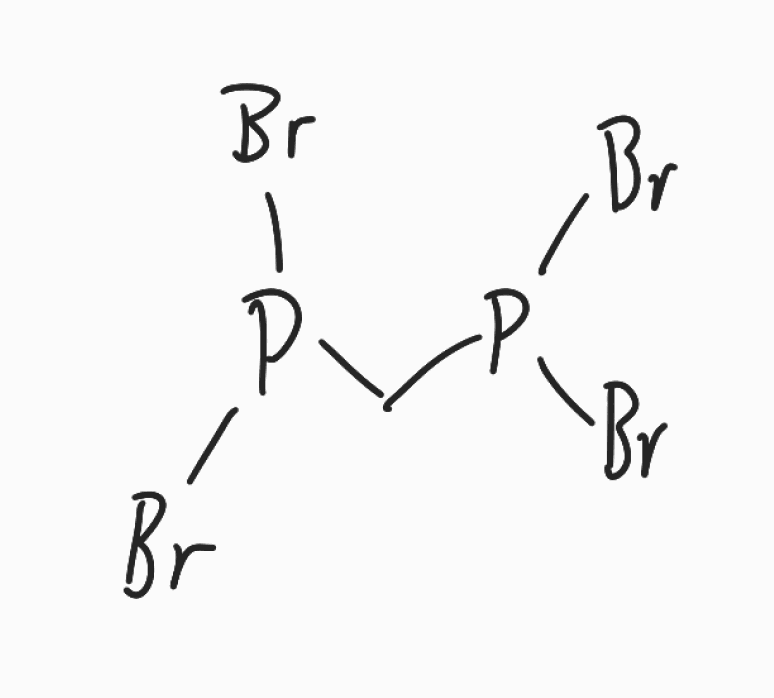
Simplified molecular-input line-entry system (SMILES) notation of the given molecule:
C(P(Br)Br)P(Br)Br